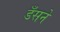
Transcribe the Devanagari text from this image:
डँसने